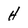
Character: H